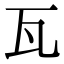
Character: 瓦